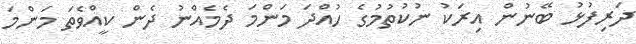
ދަރިފުޅު ބޭނުން އިރަކު ނުކުތުމުގެ ހުއްދަ މަންމަ ދެމެއްނު ދެން ކީއްވެތަ މަންމަ